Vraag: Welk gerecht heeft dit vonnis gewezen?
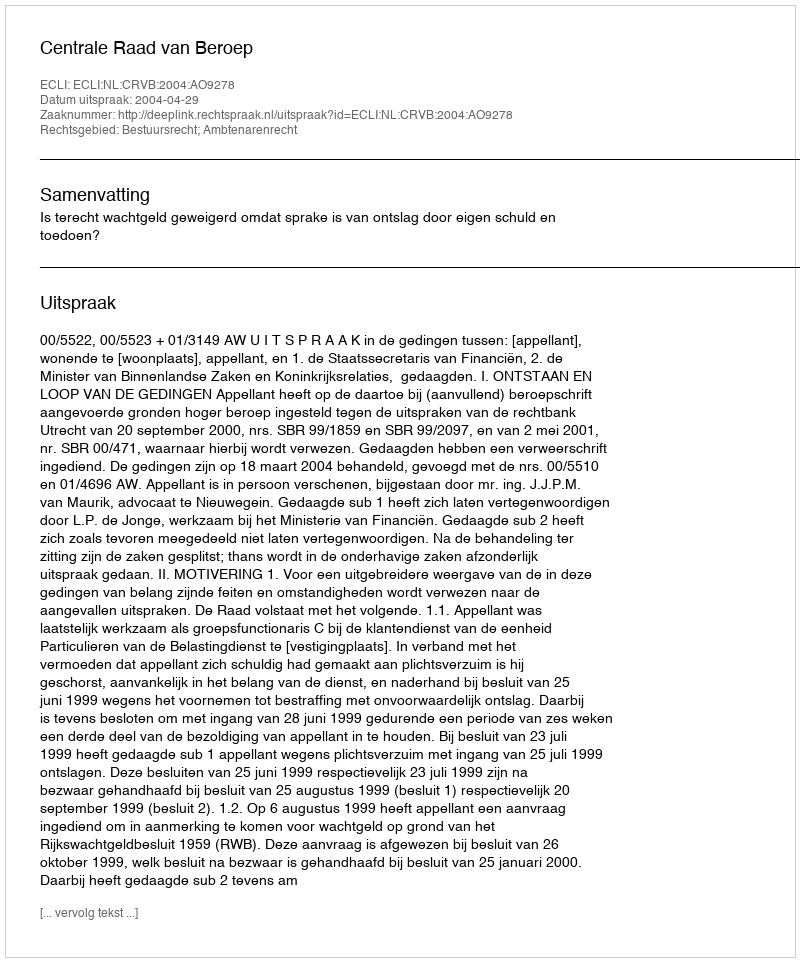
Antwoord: Centrale Raad van Beroep